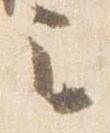
之